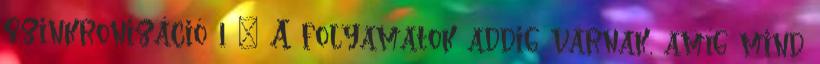
szinkronizáció 1 ● A folyamatok addig várnak, amíg mind